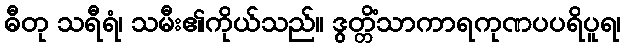
ဓီတု သရီရံ၊ သမီး၏ကိုယ်သည်။ ဒွတ္တိံသာကာရကုဏပပရိပူရ၊